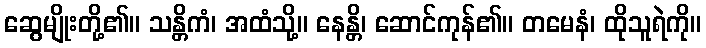
ဆွေမျိုးတို့၏။ သန္တိကံ၊ အထံသို့။ နေန္တိ၊ ဆောင်ကုန်၏။ တမေနံ၊ ထိုသူရဲကို။